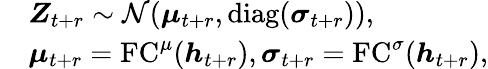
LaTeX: \begin{array}{rl}&{\boldsymbol Z_{t+r}\sim\mathcal N(\boldsymbol\mu_{t+r},\mathrm{diag}(\boldsymbol\sigma_{t+r})),}\\ &{\boldsymbol\mu_{t+r}=\mathrm{FC}^{\mu}(\boldsymbol h_{t+r}),\boldsymbol\sigma_{t+r}=\mathrm{FC}^{\sigma}(\boldsymbol h_{t+r}),}\end{array}